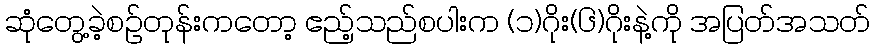
ဆုံတွေ့ခဲ့စဉ်တုန်းကတော့ ဧည့်သည်စပါးက (၁)ဂိုး(၆)ဂိုးနဲ့ကို အပြတ်အသတ်